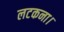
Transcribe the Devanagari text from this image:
लटकना।